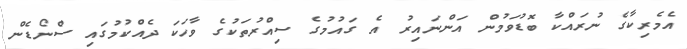
އެމެރިކާގެ ނުރައްކާ ބޮޑުވަމުން އަންނައިރު އެ ގައުމުގެ ސިއްރުތަކުގެ ވާހަކަ ދެއްކުމުގައި ސްނޯޑެން